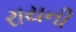
રાયની